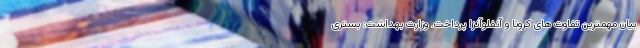
بیان مهمترین تفاوت های کرونا و آنفلوآنزا پرداخت. وزارت بهداشت: بستری